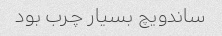
ساندویچ بسیار چرب بود